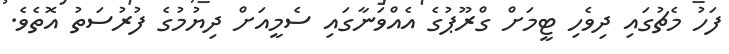
ފަހު މެޗުގައި ދިވެހި ޓީމަށް ގްރޫޕުގެ އެއްވަނާގައި ސެމީއަށް ދިޔުމުގެ ފުރުސަތު އޮތެވެ.